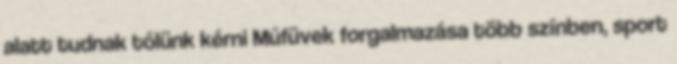
alatt tudnak tőlünk kérni Műfüvek forgalmazása több színben, sport